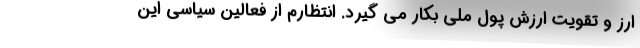
ارز و تقویت ارزش پول ملی بکار می گیرد. انتظارم از فعالین سیاسی این